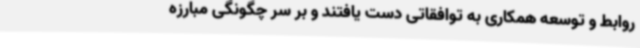
روابط و توسعه همکاری به توافقاتی دست یافتند و بر سر چگونگی مبارزه